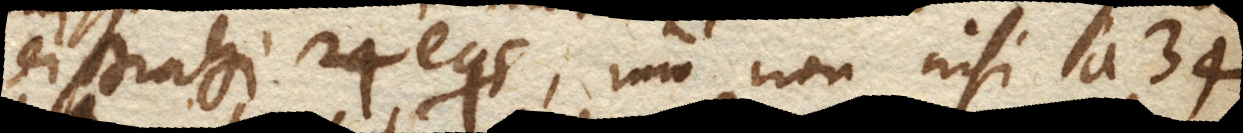
distrahi 24 equis, imo non nisi a 34.